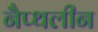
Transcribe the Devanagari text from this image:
नैप्थलीन